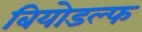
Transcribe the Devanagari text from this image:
बियोडल्फ